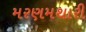
મરણમથારી